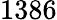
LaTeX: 1386